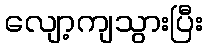
လျော့ကျသွားပြီး